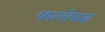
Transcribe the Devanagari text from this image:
फलोयड